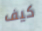
كيف